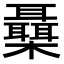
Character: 𣠞